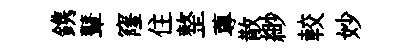
鎸鼙窿住整蓴散緲較妙